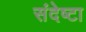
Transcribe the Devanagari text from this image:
संदेष्टा